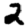
Digit: 2